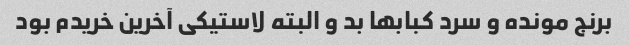
برنج مونده و سرد کبابها بد و البته لاستیکی آخرین خریدم بود